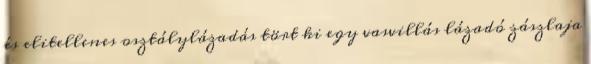
és elitellenes osztálylázadás tört ki egy vasvillás lázadó zászlaja